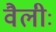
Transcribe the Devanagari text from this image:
वैलीः